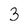
Character: 3